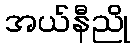
အယ်နီညို